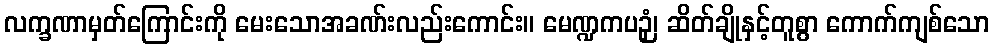
လက္ခဏာမှတ်ကြောင်းကို မေးသောအခဏ်းလည်းကောင်း။ မေဏ္ဍကပဉှံ၊ ဆိတ်ချိုနှင့်တူစွာ ကောက်ကျစ်သော